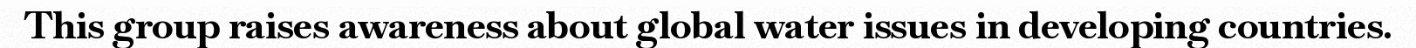
This group raises awareness about global water issues in developing countries.